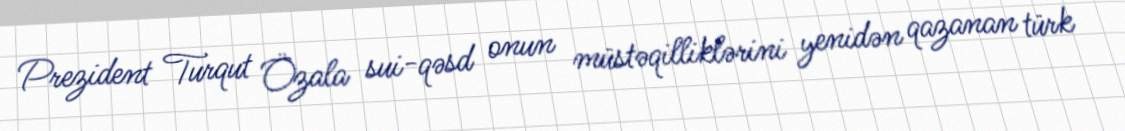
Prezident Turqut Özala sui-qəsd onun müstəqilliklərini yenidən qazanan türk